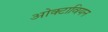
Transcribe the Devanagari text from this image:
ओक्टावियन